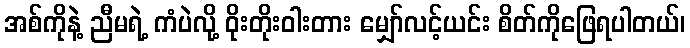
အစ်ကိုနဲ့ ညီမရဲ့ ကံပဲလို့ ဝိုးတိုးဝါးတား မျှော်လင့်ယင်း စိတ်ကိုဖြေရပါတယ်၊